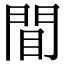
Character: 𫔝